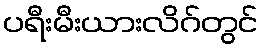
ပရီးမီးယားလိဂ်တွင်